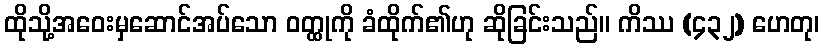
ထိုသို့အဝေးမှဆောင်အပ်သော ဝတ္ထုကို ခံထိုက်၏ဟု ဆိုခြင်းသည်။ ကိဿ (၄၃၂) ဟေတု၊